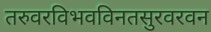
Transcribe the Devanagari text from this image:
तरुवरविभवविनतसुरवरवन